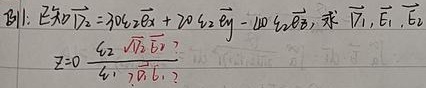
已知\(\overrightarrow{l_2}=30\overrightarrow{e_1}\overrightarrow{e_x}+20\overrightarrow{e_2}\overrightarrow{e_y}-100\overrightarrow{e_3}\overrightarrow{e_z}\)，求\(\overrightarrow{V_1},\overrightarrow{E_1},\overrightarrow{E_2}\)。
\(Z = 0\frac{62\sqrt{13}\overrightarrow{E_0}?}{41\ 20\overrightarrow{E_1}?}\)